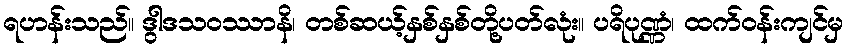
ရဟန်းသည်။ ဒွါဒသဝဿာနိ၊ တစ်ဆယ့်နှစ်နှစ်တို့ပတ်လုံး။ ပရိပုဏ္ဏံ၊ ထက်ဝန်းကျင်မှ